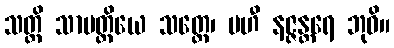
သတ္တိ သာမတ္ထိယေ သတ္ထေ၊ မဟီ နဇ္ဇန္တရေ ဘုဝိ။